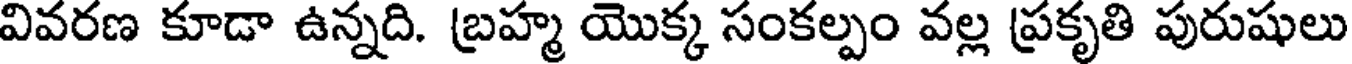
వివరణ కూడా ఉన్నది. బ్రహ్మ యొక్క సంకల్పం వల్ల ప్రకృతి పురుషులు